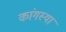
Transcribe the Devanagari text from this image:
कांगस्या